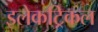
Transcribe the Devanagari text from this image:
इलेकट्रिकल